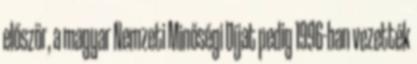
először, a magyar Nemzeti Minőségi Díjat pedig 1996-ban vezették